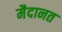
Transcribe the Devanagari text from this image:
मैदानत